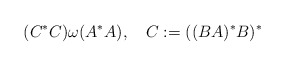
\begin{align*}(C^{*}C)\omega (A^{*}A),\quad C:=((BA)^{*}B)^{*}\end{align*}